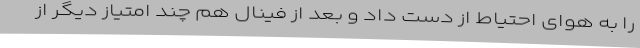
را به هوای احتیاط از دست داد و بعد از فینال هم چند امتیاز دیگر از